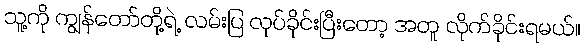
သူ့ကို ကျွန်တော်တို့ရဲ့ လမ်းပြ လုပ်ခိုင်းပြီးတော့ အတူ လိုက်ခိုင်းရမယ်။